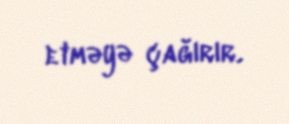
etməyə çağırır.